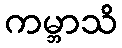
ကမ္ဘာသိ